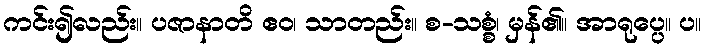
ကင်း၍လည်း။ ပဇာနာတိ ဧဝ၊ သာတည်း။ စ-သစ္စံ၊ မှန်၏။ အာရုပ္ပေ။ ပ။